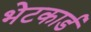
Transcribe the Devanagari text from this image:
भेटकार्ड